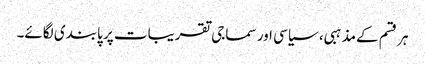
ہر قسم کےمذہبی، سیاسی اور سماجی تقریبات پر پابندی لگائے۔